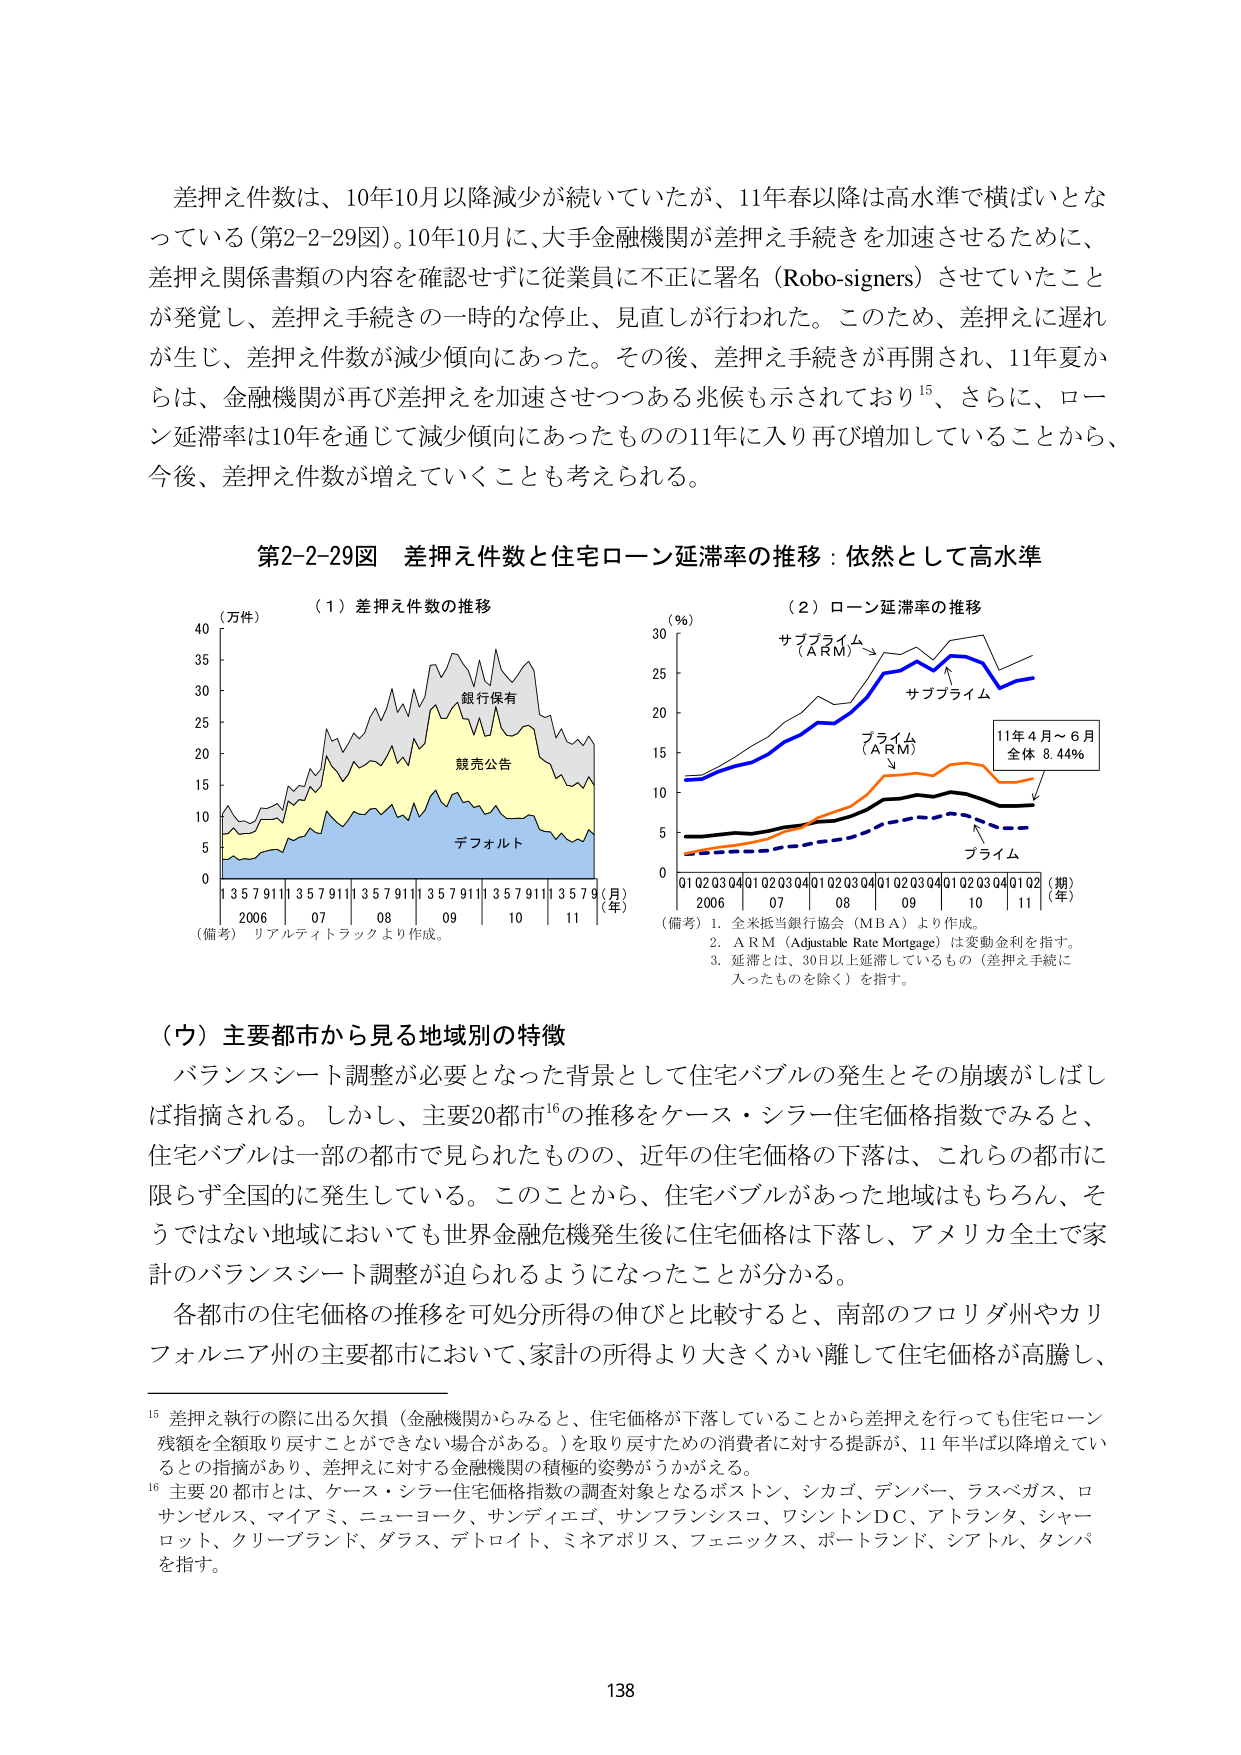
差押え件数は、10年10月以降減少が続いていたが、11年春以降は高水準で横ばいとなっている（第2-2-29図）。10年10月に、大手金融機関が差押え手続きを加速させるために、差押え関係書類の内容を確認せずに従業員に不正に署名（Robo-signers）させていたことが発覚し、差押え手続きの一時的な停止、見直しが行われた。このため、差押えに遅れが生じ、差押え件数が減少傾向にあった。その後、差押え手続きが再開され、11年夏からは、金融機関が再び差押えを加速させつつある兆候も示されており¹⁵、さらに、ローン延滞率は10年を通じて減少傾向にあったものの11年に入り再び増加していることから、今後、差押え件数が増えていくことも考えられる。

第2-2-29図 差押え件数と住宅ローン延滞率の推移：依然として高水準

（1）差押え件数の推移
（万件）
40
35
30
25
20
15
10
5
0
1 3 5 7 9 11 1 3 5 7 9 11 1 3 5 7 9 11 1 3 5 7 9 11 1 3 5 7 9 （月）
2006 07 08 09 10 11 （年）
（備考）リアルティトラックより作成。
銀行保有
競売公告
デフォルト

（2）ローン延滞率の推移
（％）
30
25
20
15
10
5
0
01 02 03 04 01 02 03 04 01 02 03 04 01 02 03 04 01 02 03 04 01 02 （期）
2006 07 08 09 10 11 （年）
サブプライム（ARM）
サブプライム
プライム（ARM）
プライム
11年4月～6月
全体 8.44％
（備考）1. 全米抵当銀行協会（MBA）より作成。
2. ARM（Adjustable Rate Mortgage）は変動金利を指す。
3. 延滞とは、30日以上延滞しているもの（差押え手続に入ったものを除く）を指す。

（ウ）主要都市から見る地域別の特徴
バランスシート調整が必要となった背景として住宅バブルの発生とその崩壊がしばしば指摘される。しかし、主要20都市¹⁶の推移をケース・シラー住宅価格指数でみると、住宅バブルは一部の都市で見られたものの、近年の住宅価格の下落は、これらの都市に限らず全国的に発生している。このことから、住宅バブルがあった地域はもちろん、そうではない地域においても世界金融危機発生後に住宅価格は下落し、アメリカ全土で家計のバランスシート調整が迫られるようになったことが分かる。
各都市の住宅価格の推移を可処分所得の伸びと比較すると、南部のフロリダ州やカリフォルニア州の主要都市において、家計の所得より大きくかい離して住宅価格が高騰し、

¹⁵ 差押え執行の際に出る欠損（金融機関からみると、住宅価格が下落していることから差押えを行っても住宅ローン残額を全額取り戻すことができない場合がある。）を取り戻すための消費者に対する提訴が、11年半ば以降増えているとの指摘があり、差押えに対する金融機関の積極的姿勢がうかがえる。
¹⁶ 主要20都市とは、ケース・シラー住宅価格指数の調査対象となるボストン、シカゴ、デンバー、ラスベガス、ロサンゼルス、マイアミ、ニューヨーク、サンディエゴ、サンフランシスコ、ワシントンDC、アトランタ、シャーロット、クリーブランド、ダラス、デトロイト、ミネアポリス、フェニックス、ポートランド、シアトル、タンパを指す。

138